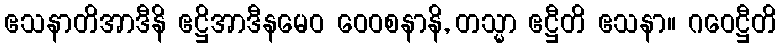
ဧသနာတိအာဒီနိ ဧဋ္ဌိအာဒီနမေဝ ဝေဝစနာနိ, တသ္မာ ဧဋ္ဌီတိ ဧသနာ။ ဂဝေဋ္ဌီတိ